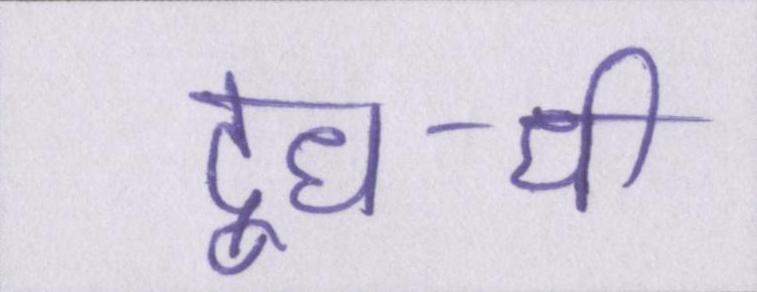
दूध-घी